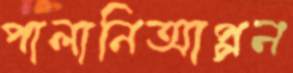
পালানিআপ্পন